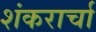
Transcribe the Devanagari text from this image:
शंकरार्चा